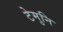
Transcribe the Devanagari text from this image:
टेमुनि